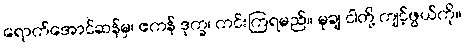
ရောက်အောင်ဆန်မှ၊ ဧကန် ဒုက္ခ၊ ကင်းကြရမည်။ မုချ ငါတို့ ကျင့်ဖွယ်ကို။